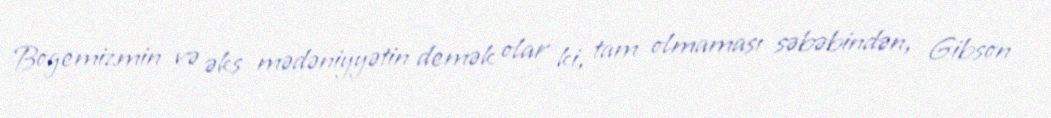
Bogemizmin və əks mədəniyyətin demək olar ki, tam olmaması səbəbindən, Gibson